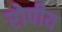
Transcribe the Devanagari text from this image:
रोपीय